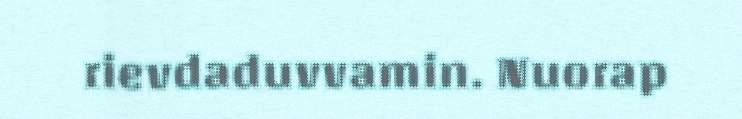
rievdaduvvamin. Nuorap